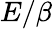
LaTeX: E/\beta